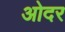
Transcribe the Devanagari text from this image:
ओदर